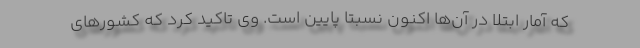
که آمار ابتلا در آن‌ها اکنون نسبتا پایین است. وی تاکید کرد که کشورهای